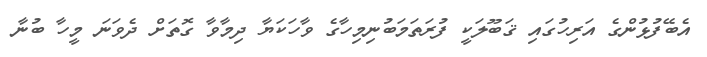
އެބޭފުޅުންގެ އަރިހުގައި ޤަބޫލަކީ ފުރަތަމަބުނިމިހާގެ ވާހަކަޔާ ދިމާވާ ގޮތަށް ދެވަނަ މީހާ ބުނާ